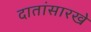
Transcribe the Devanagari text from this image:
दातांसारखे